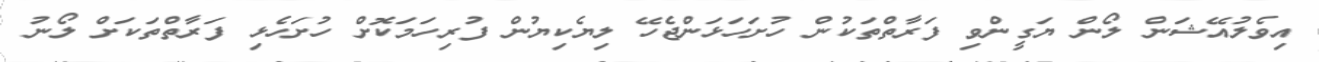
އިވެލުއޭޝަން ލޯން ޔަގީންވި ފަރާތްތަކުން ހުށަހަޅަންޖެހޭ ލިޔެކިޔުން ފުރިހަމަކޮށް ހުށަހެޅި ފަރާތްތަކަށް ލޯނު